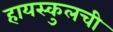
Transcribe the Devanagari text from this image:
हायस्कुलची